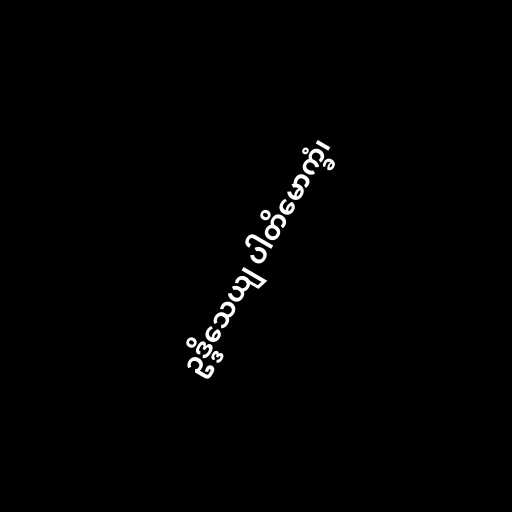
ဥဒ္ဒိသေယျ ပါတိမောက္ခံ၊